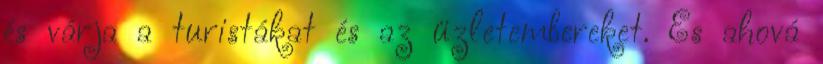
és várja a turistákat és az üzletembereket. És ahová